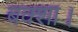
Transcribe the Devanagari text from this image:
बक्शा।